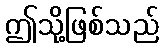
ဤသို့ဖြစ်သည်